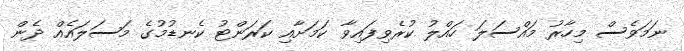
ނަމަވެސް މިހާރު މައްސަލަ ހައްލު ކުރެވިފައިވާ ކަމަށާއި ކަރަންޓު ކެނޑުމުގެ މަސަލައެއް ދެން